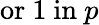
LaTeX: {\mathrm{or~}}1{\mathrm{~in~}}p